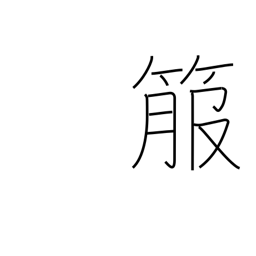
Meaning: quiver